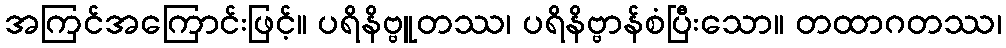
အကြင်အကြောင်းဖြင့်။ ပရိနိဗ္ဗူတဿ၊ ပရိနိဗ္ဗာန်စံပြီးသော။ တထာဂတဿ၊